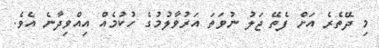
މި ދޭތެރެ އަށް ފެތޭ ޖަލު ނުވަތަ އަރުވާލުމުގެ ހުކުމެއް އިއްވިދާނެ އެވެ.